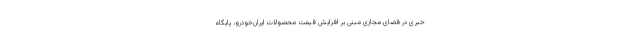
خبری در فضای مجازی مبنی بر افزایش قیمت محصولات ایران‌خودرو، پایگاه